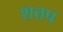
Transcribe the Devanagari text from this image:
शत्तप